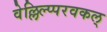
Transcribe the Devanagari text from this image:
वेल्लिल्प्परवकल्